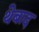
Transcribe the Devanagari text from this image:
थेबाद